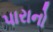
પારાનો